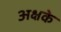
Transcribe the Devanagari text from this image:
अक्षके